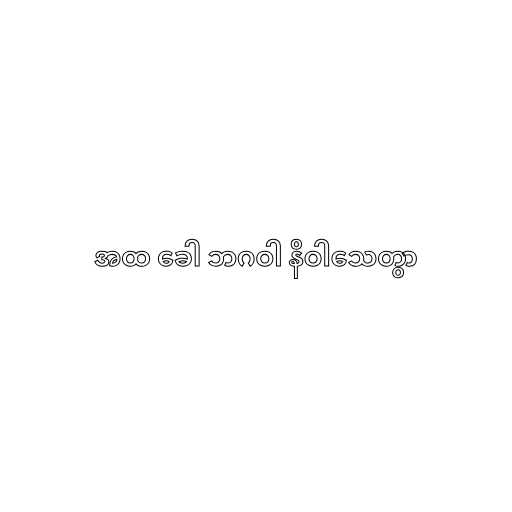
အထ ခေါ ဘဂဝါ နိဝါသေတွာ